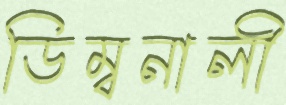
ডিম্বনালী